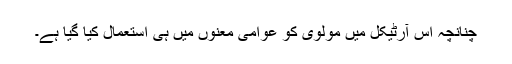
چنانچہ اس آرٹیکل میں مولوی کو عوامی معنوں میں ہی استعمال کیا گیا ہے۔